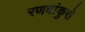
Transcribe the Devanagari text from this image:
रणबांकुरो